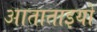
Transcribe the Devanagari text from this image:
आताताइयों